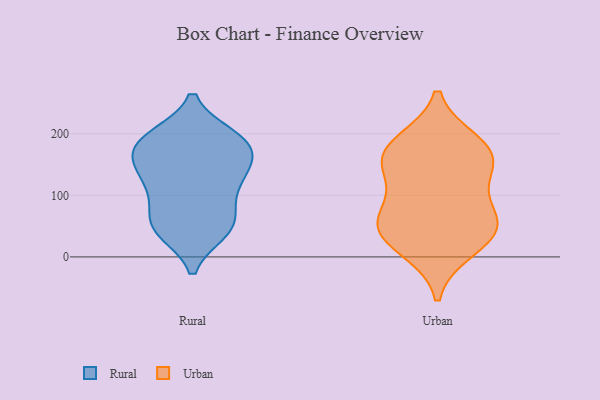
{"axis": {"x": "Backlog", "y": "Value"}, "legend": ["Rural", "Urban"], "data": [{"x": "", "y": 195, "type": "Rural"}, {"x": "", "y": 159, "type": "Rural"}, {"x": "", "y": 99, "type": "Rural"}, {"x": "", "y": 184, "type": "Rural"}, {"x": "", "y": 110, "type": "Rural"}, {"x": "", "y": 42, "type": "Rural"}, {"x": "", "y": 44, "type": "Rural"}, {"x": "", "y": 188, "type": "Rural"}, {"x": "", "y": 134, "type": "Rural"}, {"x": "", "y": 44, "type": "Rural"}, {"x": "", "y": 154, "type": "Rural"}, {"x": "", "y": 60, "type": "Rural"}, {"x": "", "y": 195, "type": "Rural"}, {"x": "", "y": 187, "type": "Rural"}, {"x": "", "y": 124, "type": "Rural"}, {"x": "", "y": 153, "type": "Rural"}, {"x": "", "y": 61, "type": "Rural"}, {"x": "", "y": 44, "type": "Urban"}, {"x": "", "y": 166, "type": "Urban"}, {"x": "", "y": 159, "type": "Urban"}, {"x": "", "y": 44, "type": "Urban"}, {"x": "", "y": 184, "type": "Urban"}, {"x": "", "y": 66, "type": "Urban"}, {"x": "", "y": 164, "type": "Urban"}, {"x": "", "y": 117, "type": "Urban"}, {"x": "", "y": 55, "type": "Urban"}, {"x": "", "y": 14, "type": "Urban"}]}